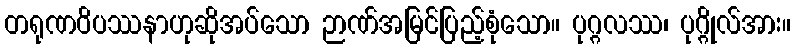
တရုဏဝိပဿနာဟုဆိုအပ်သော ဉာဏ်အမြင်ပြည့်စုံသော။ ပုဂ္ဂလဿ၊ ပုဂ္ဂိုလ်အား။